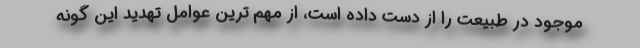
موجود در طبیعت را از دست داده است، از مهم ترین عوامل تهدید این گونه